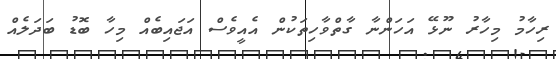
ރިހާމު މިހާރު ނޫޅޭ އަހަންނާ ގާތްވާހިތަކުން އެއީވެސް އަޖައިބެއް މިހާ ބޮޑު ބަދަލެއް